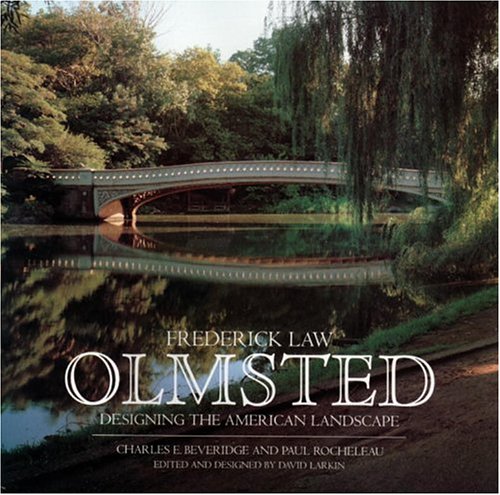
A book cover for Frederick Law Olmsted: Designing the American Landscape; Charles Beveridge; Arts & Photography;